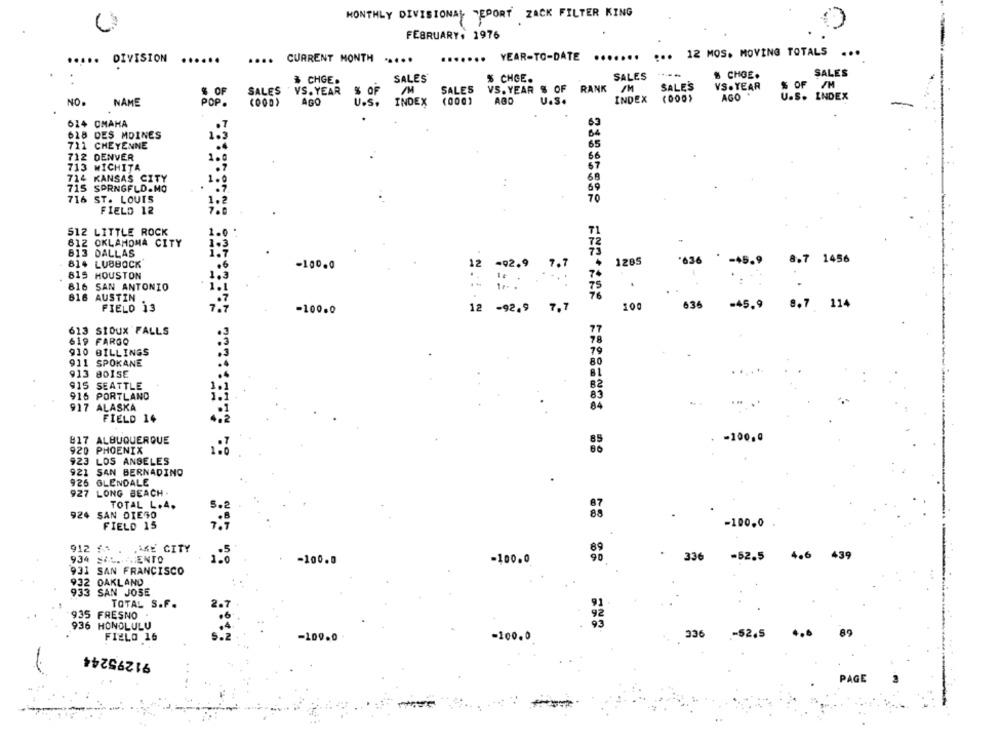
MONTHLY DIVISIONAL DEPORT ZACK FILTER KING
FEBRUARY. 1976
12 MOS. MOVING TOTALS
...
.....
DIVISION
......
....
CURRENT MONTH .....
.....
. YEAR-TO-DATE
.......
...
SALES
% CHOE.
SALES
$ CHGE.
SALES
% CHCE.
$ OF
SALES
SALES
VS. YEAR $ OF RANK /M
RANK
SALE'S
VS. YEAR
% OF /M
VS. YEAR % OF
AGO .
U.S. INDEX
NO.
NAME
POP.
AGO
U.S.
INDEX
(000)
AGO
U.S.
INDEX
614 OMAHA
65
618 DES MOINES
1.3
711 CHEYENNE
65
712 DENVER
66
67
713 WICHITA
714
KANSAS CITY
715 SPRNGFLD.MO
69
716 ST. LOUIS
70
FIELD 12
512 LITTLE ROCK
612 OKLAHOMA CITY
813 DALLAS
*636
5.9
8.7 1456
814 LUBBOCK
-100.0
12
-92.9
7.7
1205
815 HOUSTON
816 SAN ANTONIO
1.1
616 AUSTIN
FIELD 13
7.
-100.0
-92.9 7,7
100
636
=45.9 8.7 114
613 SIOUX FALLS
619 FARGO
910 BILLINGS
911 SPOKANE
913 80ISE
915 SEATTLE
916 PORTLAND
917 ALASKA
... ..
FIELD 14
#17 ALBUQUERQUE
. - 100.0
920 PHOENIX
923 LOS ANGELES
921 SAN BERNADINO
926 GLENDALE
927 LONG BEACH.
TOTAL L.4.
5.
924 SAN DIEGO
88
FIELD 15
-100.0
7.7
912 £1 .
.ASE CITY
-52.5
4.6 439
934 SOLL MENTO
-100.0
-100.0
33
931 SAN FRANCISCO
932 OAKLAND
933 SAN JOSE
TOTAL S.F.
2.7
935 FRESNO
936 HONOLULU
FIELD 16
-109.0
-100.0
336
.- 52.5
89
91295244
PAGE